Source: Handwritten
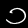
Digit: ၁ (1)